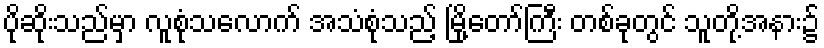
ပိုဆိုးသည်မှာ လူစုံသလောက် အသံစုံသည့် မြို့တော်ကြီး တစ်ခုတွင် သူတို့အနား၌